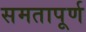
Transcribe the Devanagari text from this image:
समतापूर्ण